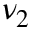
\nu _ { 2 }